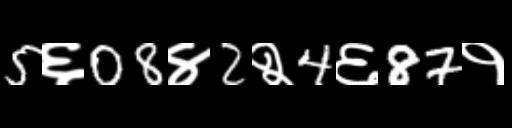
Text: 5६08४2२4६87१